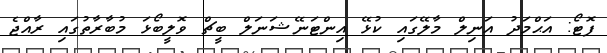
ފޮޓޯ: އަޙްމަދު އަނިލް މާލޭގައި ކުޅޭ އިންޓަނޭޝަނަލް ބީޗް ވޮލީބޯޅަ މުބާރާތުގައި ރާއްޖެ